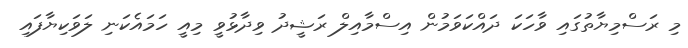
މި ރަސްމިޔާތުގައި ވާހަކަ ދައްކަވަމުން އިސްމާއިލް ރަޝީދު ވިދާޅުވީ މިއީ ހަމައެކަނި ލަވަކިޔާފައި